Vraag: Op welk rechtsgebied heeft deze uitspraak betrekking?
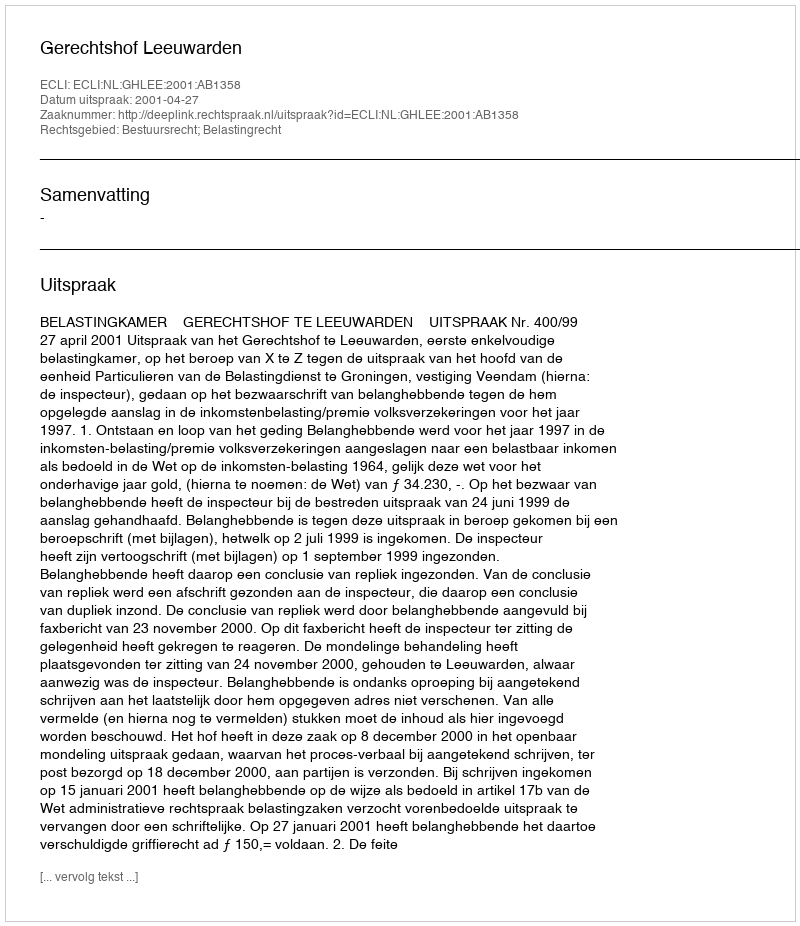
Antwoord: Bestuursrecht; Belastingrecht